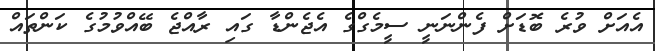
އެއަށް ވުރެ ބޮޑަށް ފެންނަނީ ސީމެގްގެ އެޖެންޑާ ގައި ރާއްޖެ ބޭއްވުމުގެ ކަންތައް